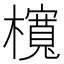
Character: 𣟂